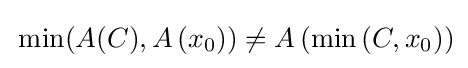
\,\min(A(C),A\left(x_{0}\right))\neq A\left(\min \left(C,x_{0}\right)\right)